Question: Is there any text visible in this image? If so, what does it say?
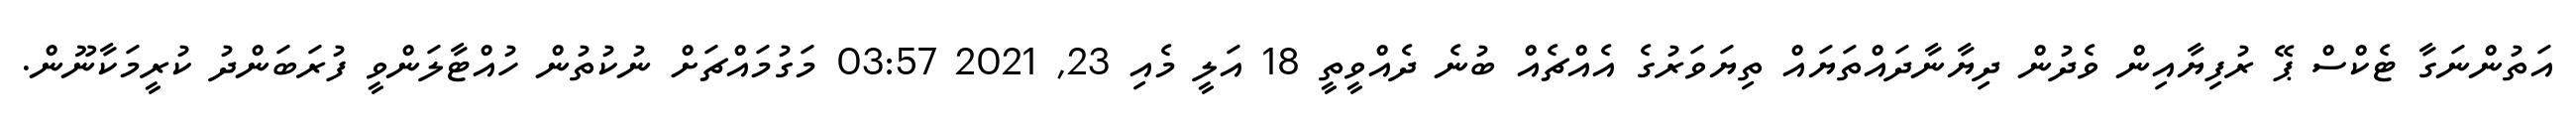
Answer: އަތުންނަގާ ޓެކްސް ޕޭ ރުފިޔާއިން ވެދުން ދިޔާނާދައްތަޔައް ތިޔަވަރުގެ އެއްޗެއް ބުނެ ދެއްވީތީ 18 އަލީ މެއި 23, 2021 03:57 މަގުމައްޗަށް ނުކުތުން ހުއްޓާލަންވީ ފުރަބަންދު ކުރީމަކާނޫން.